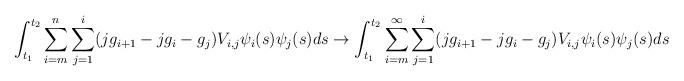
LaTeX: \begin{align*}\int_{t_1}^{t_2}\sum_{i=m}^n \sum_{j=1}^i(jg_{i+1}-jg_i-g_j)V_{i,j}\psi_i(s)\psi_j(s)ds \to \int_{t_1}^{t_2}\sum_{i=m}^{\infty} \sum_{j=1}^i(jg_{i+1}-jg_i-g_j)V_{i,j}\psi_i(s)\psi_j(s)ds\end{align*}